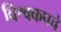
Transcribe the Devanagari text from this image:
विश्वकपचे